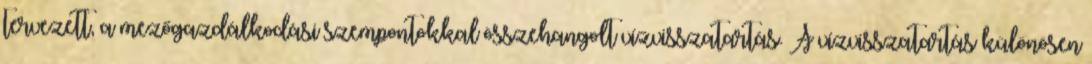
tervezett, a mezőgazdálkodási szempontokkal összehangolt vízvisszatartás. A vízvisszatartás különösen